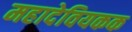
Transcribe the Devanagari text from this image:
महादेवियकक